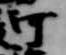
河